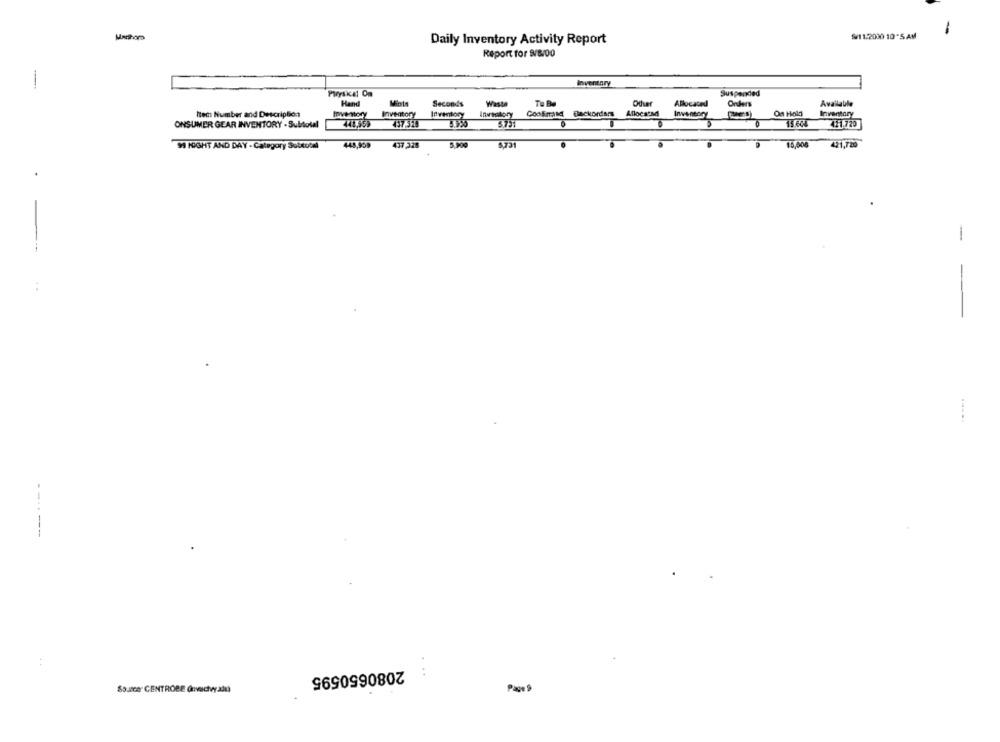
Manhomo
$/11.2000 10*5 AM
-
Daily Inventory Activity Report
Report for 8/8/00
Inventory
-
Piryskal Om
Suspended
Hand
Seconds
Waste
Te Be
Other
Allocated
Onders
Available
Coolmand Backorders Aflocs'M
On Hold
Item Number and Description
Inventory
Inventory
Inventory
Inventory
ONSUMER GEAR INVENTORY - Subtotal
737323
5731
15.604
421.720
9 NIGHT AND DAY - Category Subtotal
445,959
437 328
5,731
421,720
-
-
-----
2080650595
...
Sourcer CENTROBE (nvactvyalı)
Page ?